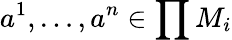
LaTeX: a^{1},\ldots,a^{n}\in\prod M_{i}